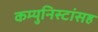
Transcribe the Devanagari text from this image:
कम्युनिस्टांसह